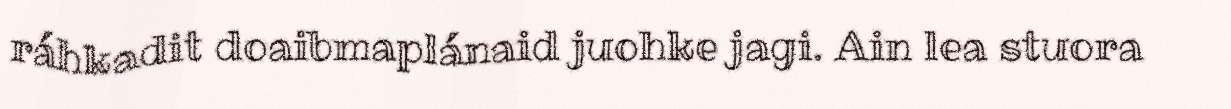
ráhkadit doaibmaplánaid juohke jagi. Ain lea stuora